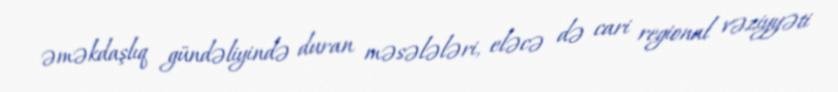
əməkdaşlıq gündəliyində duran məsələləri, eləcə də cari regional vəziyyəti